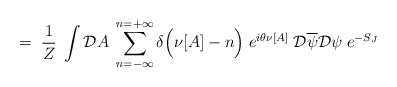
\begin{align*}= \; \frac{1}{Z} \; \int {\cal D} A \;\sum_{n=-\infty}^{n=+\infty}\delta\Big( \nu[A] - n \Big) \;e^{i \theta \nu[A]} \;{\cal D} \overline{\psi} {\cal D} \psi \; e^{-S_J}\end{align*}